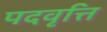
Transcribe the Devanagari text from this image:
पदवृत्ति